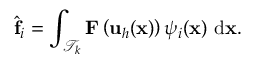
\hat { \mathbf { f } } _ { i } = \int _ { \mathcal T _ { k } } \mathbf { F } \left( \mathbf { u } _ { h } ( \mathbf { x } ) \right) { \psi } _ { i } ( \mathbf { x } ) \ \mathrm { d } \mathbf { x } .